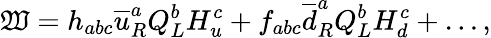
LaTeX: \mathfrak{W}=h_{abc}\overline{{{{u}}}}_{R}^{a}Q_{L}^{b}H_{u}^{c}+f_{abc}\overline{{{{d}}}}_{R}^{a}Q_{L}^{b}H_{d}^{c}+\ldots,